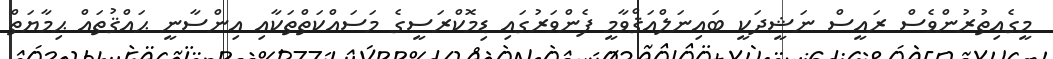
މީގެއިތުރުންވެސް ރައީސް ނަޝީދަކީ ބައިނަލްއަޤްވާމީ ފެންވަރުގައި ޑިމޮކްރަސީގެ މަސައްކަތްތަކާއި އިންސާނީ ޙައްޤުތައް ޙިމާޔަތް